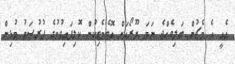
އެއީ އެ މެޗުން ބަލިވެއްޖެ ނަމަ ޔޫރޯއަށް އޮޓެމެޓިކުން ކޮލިފައިވުމުގެ ފުރުސަތު މުޅިން